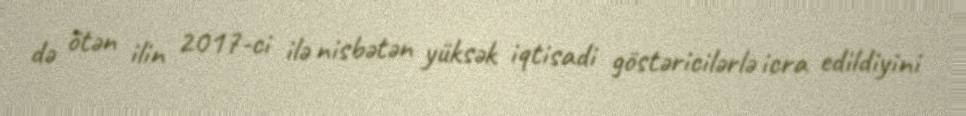
də ötən ilin 2017-ci ilə nisbətən yüksək iqtisadi göstəricilərlə icra edildiyini